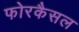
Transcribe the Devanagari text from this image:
फोरकैसल